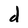
Character: d